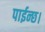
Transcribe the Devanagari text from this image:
पाईन्छ।